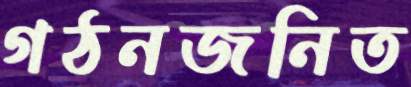
গঠনজনিত